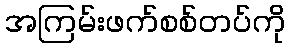
အကြမ်းဖက်စစ်တပ်ကို